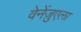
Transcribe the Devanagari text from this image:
वेनेंज़ुएला